King Institute of Preventive Medicine Bacteriolog. Section reports 1907-08
Year: 1907
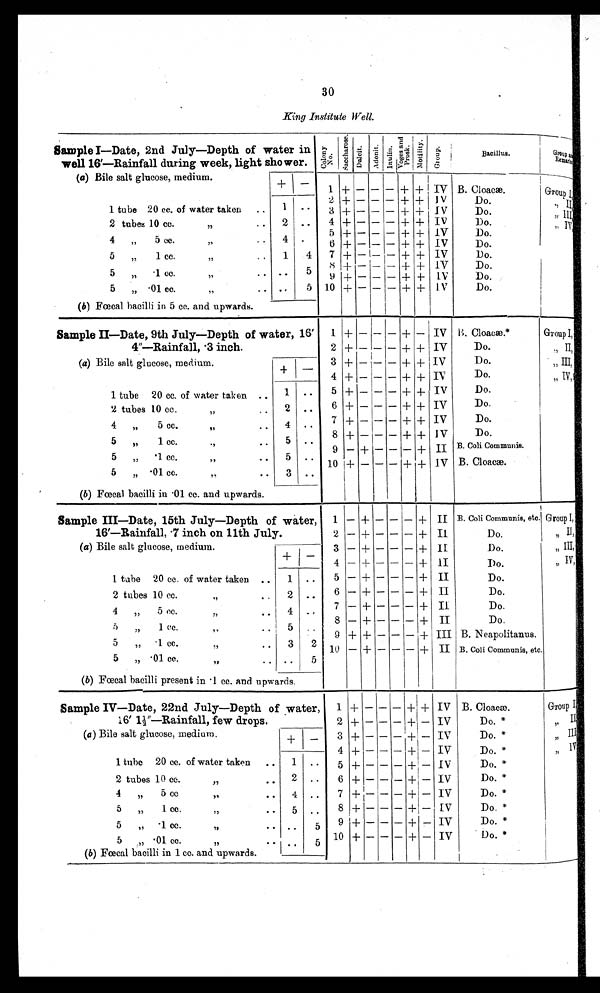
30
.
King Institute Well.
Sample I—Date, 2nd July—Depth of water in
well 16′—Rainfall during week, light shower.
C o l o n y
N o
S a c c h a r o s e
Dul ci t . A d o n i t .
M o l i t t y
B
(a) Bile salt glucose, medium.
1 tube 20 cc. of water taken
..
1
2
3
+
-I-
+
—
—
—
—
—
—
—
—
+
+
+
+ I
+
+
IV
1 V
IV
B. Cloaca.
Do.
Do.
G r o u p a n R e m a r k s
I III
1 • •
2 tubes 10 cc.
,, .
•
2 ..
4 + — — — + + IV
Do.
:, , ,
IV
4
„
5 cc.
..
,,
4 .
5
6
+
+
—
—
— —
—
+
-I-
+
+
IV
IV
Do.
Do.
5
„
1 cc.. ,
, ,
5
„
.1 cc.
. •
, ,
1
• •
4
5
7
8
9
+
+
+
—
—
—
—
—
— —
+
+
+
-I-
+
+
IV
IV
IV
Do.
Do.
Do.
5 „ • 01 cc.
, , • • ..
5 10 + — — — + + 1 V
Do.
(b) Fœcal bacilli in 5 c c. and upwards.
Sample II—Date, 9th July—Depth of water,
4″—Rainfall, 3 inch.
(a) Bile salt glucose, medium.
1 tube 20 cc. of water taken ,,
16′ 1.
2
3
4
5
-I-
+
+
+
+
—
—
—
—
—
—
—
—
—
—
—
—
—
—
—
+
+
+
+
+
—
+
+
+
+
IV
IV
IV
IV
. Cloacae.*
Do.
Do.
Do.
Do.
Group I,
., II,
„ III
„ IV.
—
1 ..
2 tubes 10 cc,, .
,,
2 .. 6 -I- — — -- + + IV
Do.
4 „
5 cc..,,!
• •
5
1 cc.
, ,
• •
, ,
4
5
, ,
,,
7
8
9
+
+
—
—
—
+
—
—
—
—
—
—
-I-
+
—
-1-
+
+
IV
IV
I I
Do.
Do.
B. Coll Communis.
5
ec.
, ,
1.
, ,
10 + — — — + + IV B. Cloacae.
5 „ .01 cc.
, ,
(b) Fœcal bacilli in •01 cc. and upwards.
3
Sample III—Date, 15th July—Depth of water, 1 — + — — — + II B. Coli Comm-unis, etc Group I,
16′— R a i n f a l l , 7 i n c h o n 1 1 t h J u l y .
2 — + — — — + II
Do.
, ,
II,
(a) Bile salt glucose, medium
3
4
— +
—
—
-
—
-
— +
-+
II
II
Do.
Do.
„ III,
5)
IV,
+ I —
1 tube 20 cc. of water taken .. 1 ,,
5 — + — — — + II
Do.
2 tubes 10 cc.,,
• .
2 .. 6 --
- - -+ II
Do.
7 —
- - -+ II
Do.
4 „ 5 Ile.
:7
• •
5
1 cc.
• •
„
4
5
• c
.
.
8 — + — — — + II
Do.
9 + + — — — + III B. Neapolitanus.
5 „ -1 cc.,,
10 — + — — — + II B. Coli Communis, etc.
5 „ • 01 cc.
,,
• . • • 5
(b) Fœcal bacilli present in • 1 cc. and upwards.
Sample 1V—Date, 22nd July—Depth of water, 1 + — — — + + IV B. Cloaca.
Group I
16′ 1- 1 / 2
″ — R a i n f a l l , f e w d r o p s .
2 + — — — -I- — IV
Do. *
,, II
(a) Bile salt glucose, medium.
+ _ 3 + — — — 1 -1- — IV
Do. *
ft
III
4 + — — — I + — IV
Do. *
,, IV
1 tube 20 cc. of water taken ,, 1 • •
5 + — — — + — IV
Do. *
2 tubes 10
2 • •
1,
6 -I- — — — -I- — IV
Do. *
4
„
5 cc
4
• • 4 • • 7 -I- — — — + — IV
Do. *
5 „ 1 cc... 5 ,,
1,
8 + — — — + — IV
Do. *
5 „ • 1 cc.
,I
• •
• •
5 9 - --+-- IV
Do.
5
• 01 cc.
,,,
,,
• • . , 5 10 - --+— IV
Do. *
(b) Fœcal bacilli in 1 cc. and upwards.
.